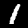
Digit: 1